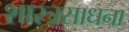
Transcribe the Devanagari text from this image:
शास्त्रसाधना